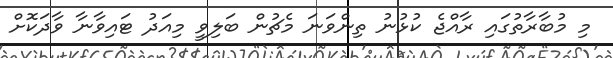
މި މުބާރާތުގައި ރާއްޖެ ކުޅުނު ތިންވަނަ މެޗުން ބަލިވީ މިއަދު ޓައިވާނާ ވާދަކޮށް